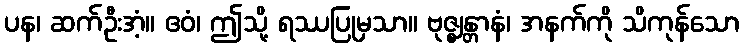
ပန၊ ဆက်ဦးအံ့။ ဧဝံ၊ ဤသို့ ရဿပြုမှသာ။ ဗုဇ္ဈန္တာနံ၊ အနက်ကို သိကုန်သော